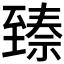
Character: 𬛵